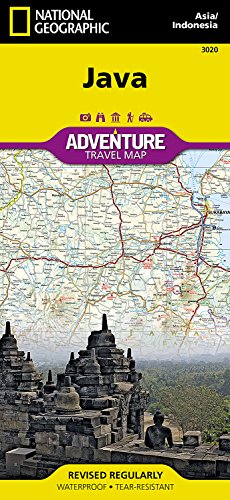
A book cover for Java [Indonesia] (National Geographic Adventure Map); National Geographic Maps - Adventure; Travel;